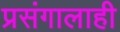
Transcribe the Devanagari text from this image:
प्रसंगालाही